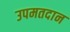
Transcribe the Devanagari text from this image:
उपमतदान